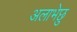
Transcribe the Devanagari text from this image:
अलाभेछु